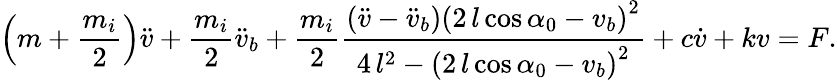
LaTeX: \left(m+\frac{m_{i}}{2}\right){\ddot{v}}+\frac{m_{i}}{2}{\ddot{v}_{b}}+\frac{m_{i}}{2}\frac{\left(\ddot{v}-\ddot{v}_{b}\right)\left(2\, l\cos{\alpha_{0}}-v_{b}\right)^{2}}{4\, l^{2}-{\left(2\, l\cos{\alpha_{0}}-v_{b}\right)}^{2}}+c\dot{v}+kv=F.